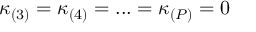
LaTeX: \kappa _ { ( 3 ) } = \kappa _ { ( 4 ) } = . . . = \kappa _ { ( P ) } = 0